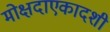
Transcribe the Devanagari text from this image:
मोक्षदाएकादशी